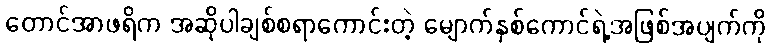
တောင်အာဖရိက အဆိုပါချစ်စရာကောင်းတဲ့ မျောက်နှစ်ကောင်ရဲ့အဖြစ်အပျက်ကို